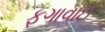
ફગાવાઈ